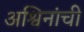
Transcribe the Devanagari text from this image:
अश्विनांची